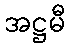
အဋ္ဌမီ